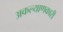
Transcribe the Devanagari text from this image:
अकल्याणकारी